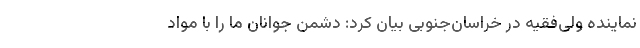
نماینده ولی‌فقیه در خراسان‌جنوبی بیان کرد: دشمن جوانان ما را با مواد